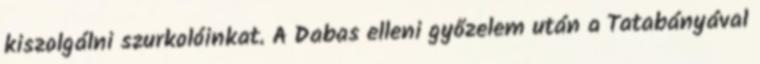
kiszolgálni szurkolóinkat. A Dabas elleni győzelem után a Tatabányával